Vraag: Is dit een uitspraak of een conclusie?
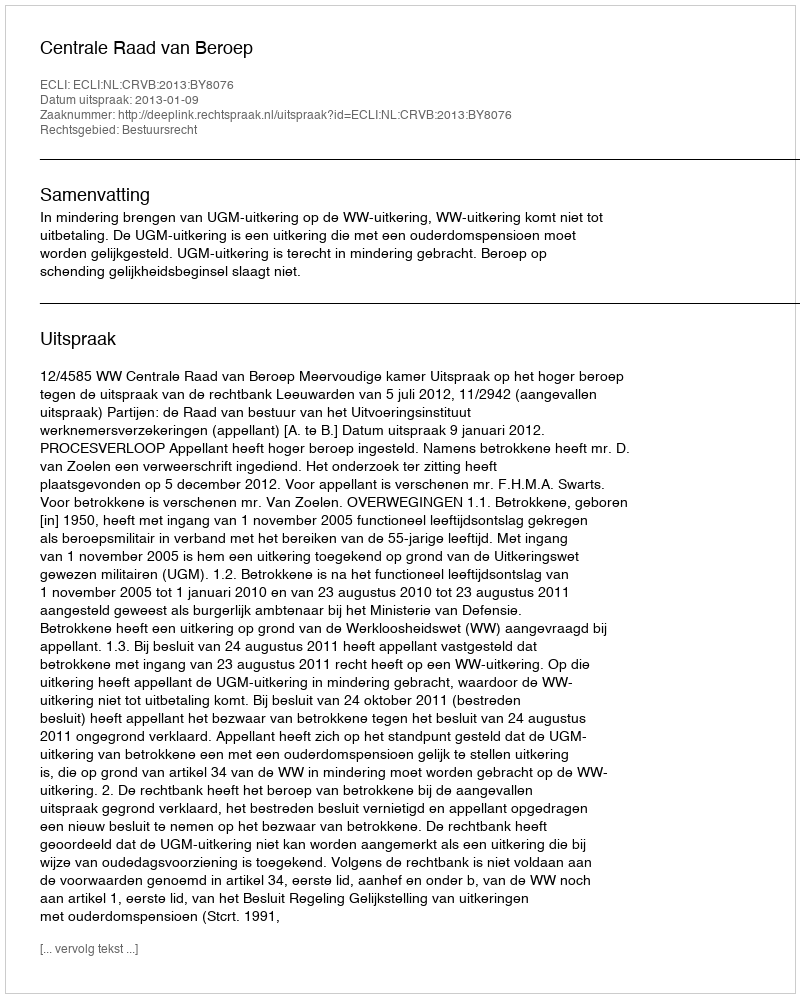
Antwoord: Uitspraak